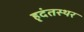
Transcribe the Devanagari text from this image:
हृदंतस्थर